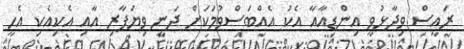
ރައީސް ވިދާޅުވީ އިންޑިއާއާ އެކު އެއްބަސްވުމަކަށް ދަނީ ވިޔަފާރި އާއި އެކިއެކި އެހީ